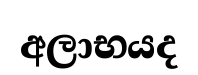
අලාභයද